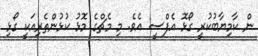
ން ކާމިޔާބުކުރީ ގޯޅޮ އެފްސީ އެވެ. މި މެޗްގެ މޮޅު ކުޅުންތެރިއަކީ ގޯޅި